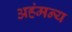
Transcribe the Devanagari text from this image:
अहंमन्य